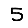
Digit: 5